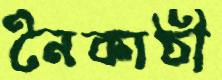
নৈকাঠী